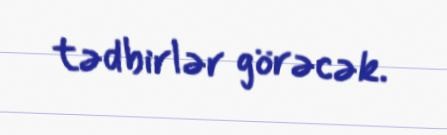
tədbirlər görəcək.